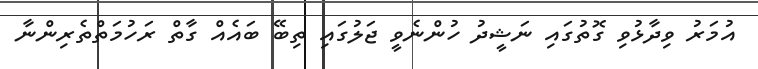
އުމަރު ވިދާޅުވި ގޮތުގައި ނަޝީދު ހުންނެވީ ޖަލުގައި ތިބޭ ބައެއް ގާތް ރަހުމަތްތެރިންނާ